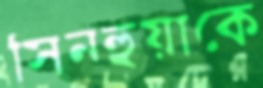
সিনহুয়াকে